Eesti_Peakonsulaat_New_Yorgis, lk 22
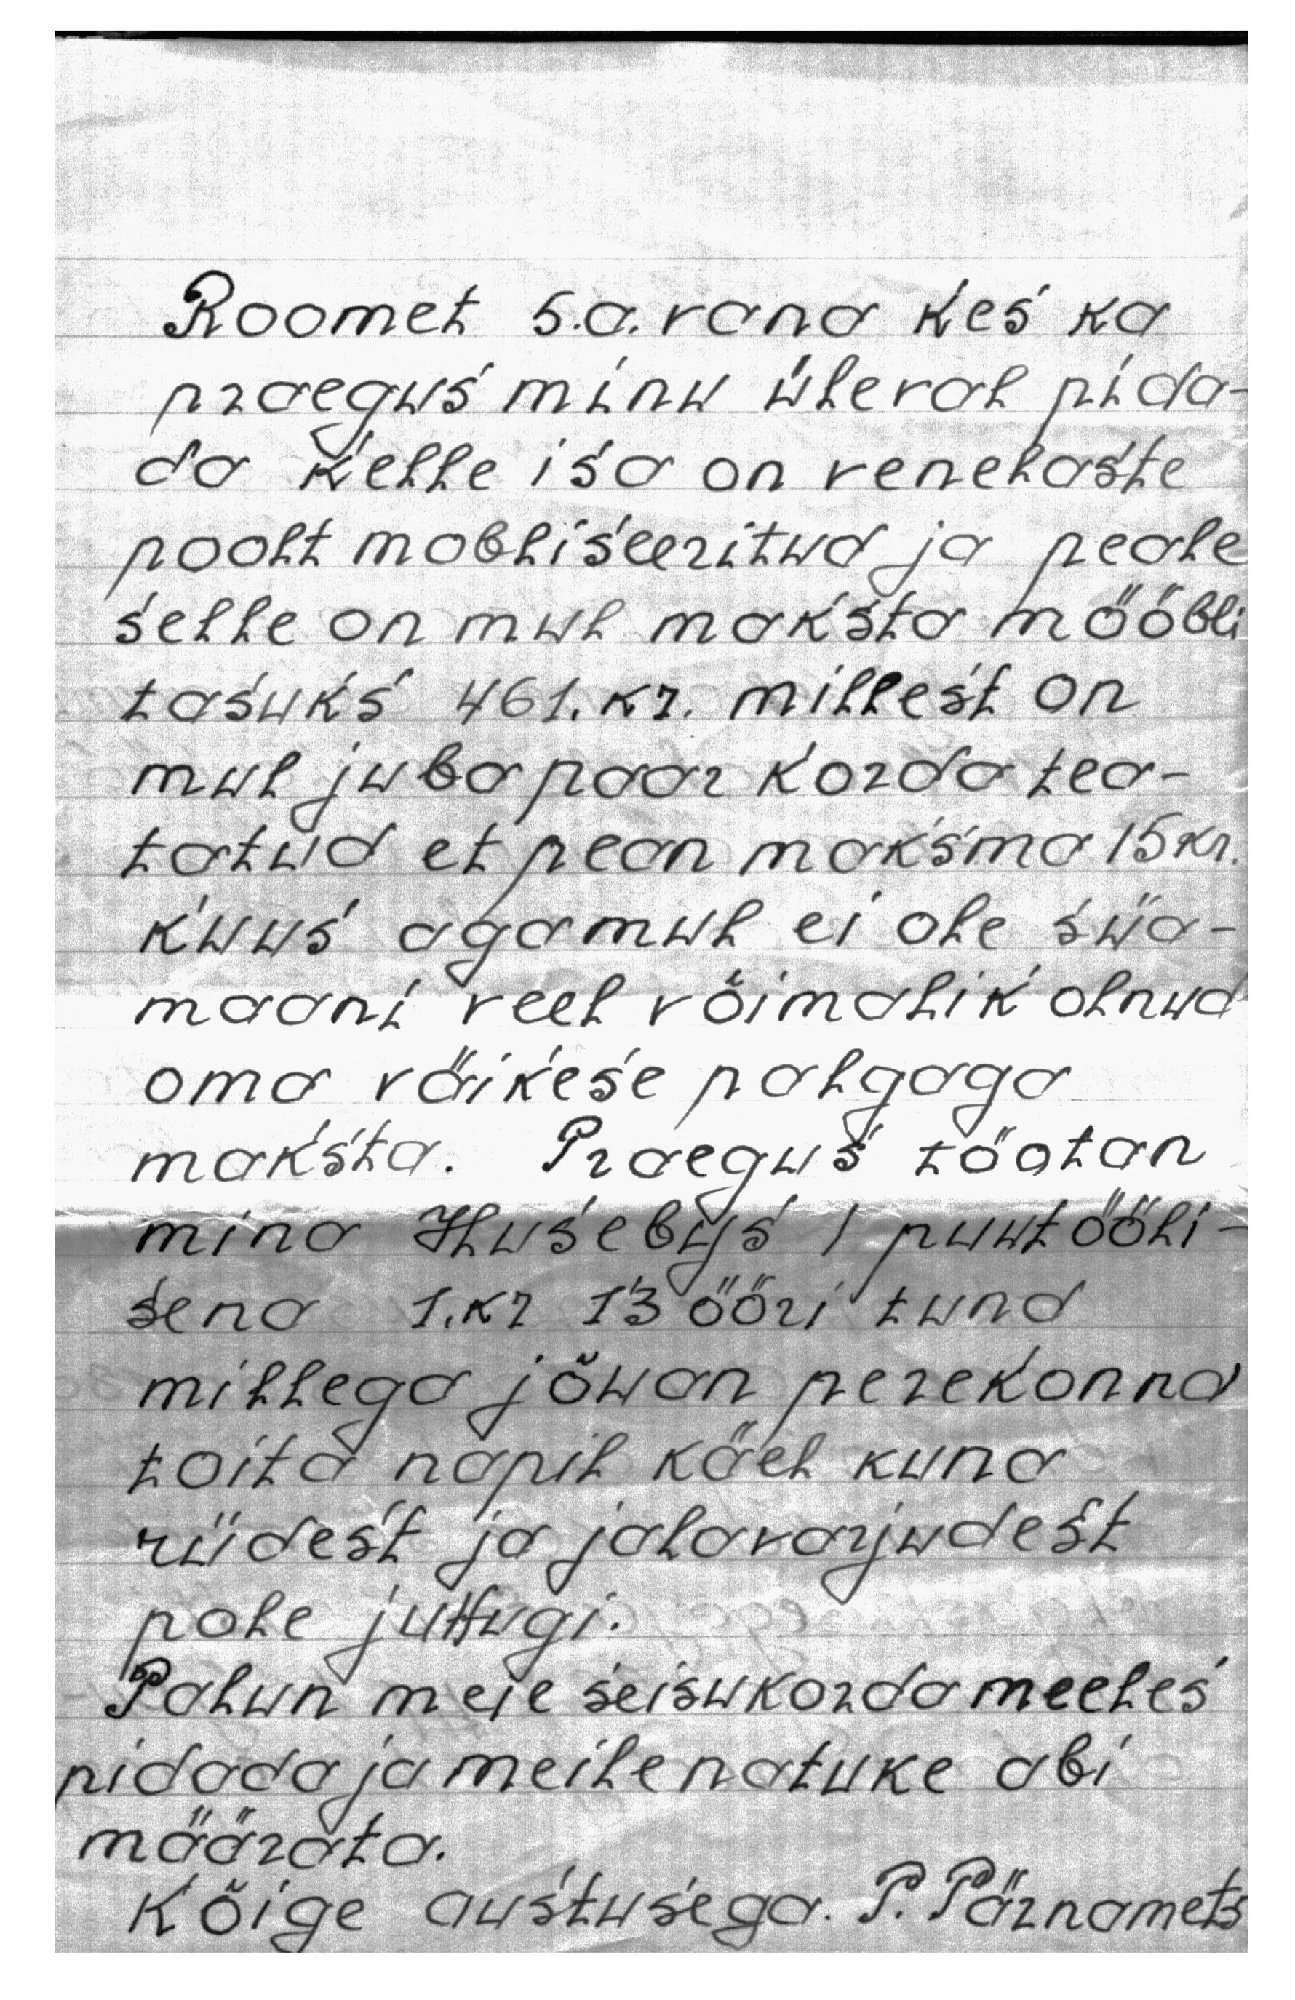
Roomet 5. a. vana kes ka
praegus minu üleval pida-
da kelle isa on venelaste
poolt mobiliseeritud ja peale
selle on mul maksta mööbli
tasuks 461. kr. millest on
mul juba paar korda tea-
tatud et pean maksma 15 kr.
kuus aga mul ei ole siia-
maani veel võimalik olnud
oma väikese palgaga
maksta. Praegus töotan
mina Husebys 1 puutööli-
sena 1. kr 13 ööri tund
millega jõuan perekonna
toita napil käel kuna
riidest ja jalavarjudest
pole juttugi.
Palun meie seisukorda meeles
pidada ja meile natuke abi
määrata.
Kõige austusega. P. Pärnamets